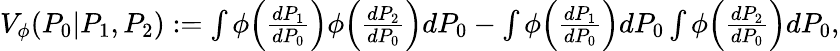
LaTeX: \begin{array}{r}{{V_{\phi}}(P_{0}|P_{1},P_{2}):=\int\phi\Big(\frac{dP_{1}}{dP_{0}}\Big)\phi\Big(\frac{dP_{2}}{dP_{0}}\Big)dP_{0}-\int\phi\Big(\frac{dP_{1}}{dP_{0}}\Big)dP_{0}\int\phi\Big(\frac{dP_{2}}{dP_{0}}\Big)dP_{0},}\end{array}